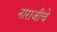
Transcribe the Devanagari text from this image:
नाराजीचे